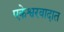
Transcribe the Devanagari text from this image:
एकेश्वरवादात